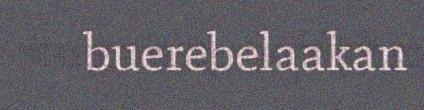
buerebelaakan